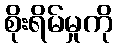
စိုးရိမ်မှုကို